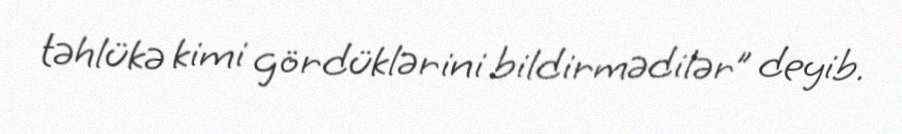
təhlükə kimi gördüklərini bildirmədilər” deyib.